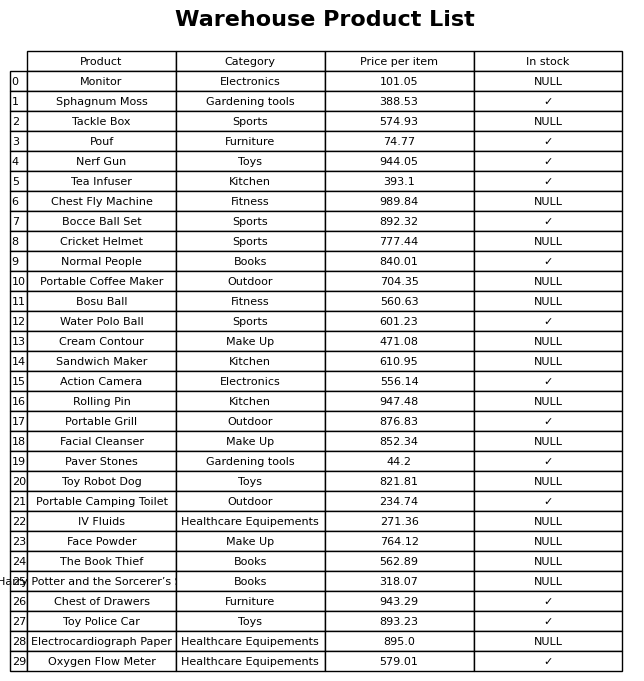
question: What is the price for Rolling Pin?
answer: The price of Rolling Pin is 947.48.